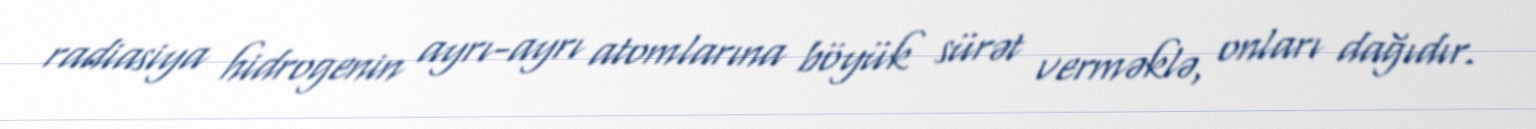
radiasiya hidrogenin ayrı-ayrı atomlarına böyük sürət verməklə, onları dağıdır.